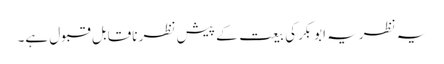
یہ نظریہ ابوبکرکی بیعت کے پیش نظر ناقابل قبول ہے۔